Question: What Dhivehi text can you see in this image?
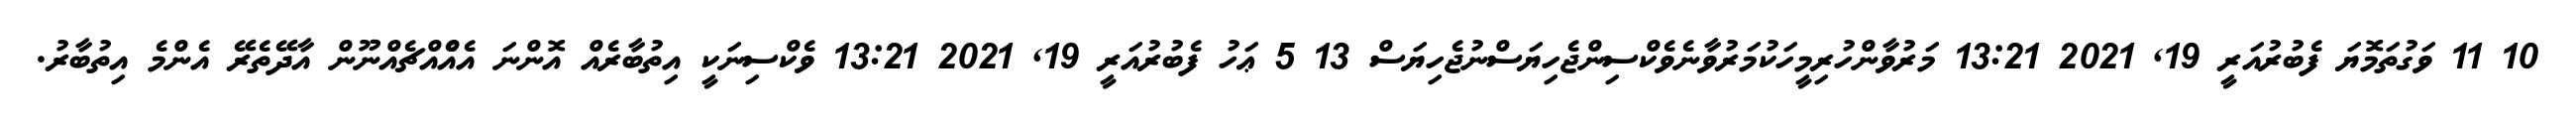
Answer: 10 11 ވަގުތަމޮޔަ ފެބުރުއަރީ 19, 2021 13:21 މަރުވާންހުރިމީހަކުމަރުވާނެވެކްސިންޖެހިޔަސްނުޖެހިޔަސް 13 5 ޢަހު ފެބުރުއަރީ 19, 2021 13:21 ވެކްސިނަކީ އިތުބާރެއް އޮންނަ އެއްެއްޗެއްނޫން އާދޭތެރޭ އެންމެ އިތުބާރު.